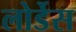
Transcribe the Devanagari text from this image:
लोर्डेस